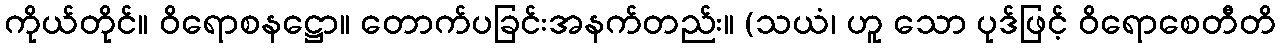
ကိုယ်တိုင်။ ဝိရောစနဋ္ဌော။ တောက်ပခြင်းအနက်တည်း။ (သယံ၊ ဟူ သော ပုဒ်ဖြင့် ဝိရောစေတီတိ